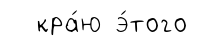
кра́ю э́того